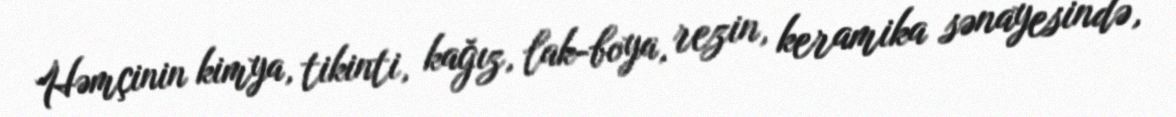
Həmçinin kimya, tikinti, kağız, lak-boya, rezin, keramika sənayesində,